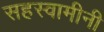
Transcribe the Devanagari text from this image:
सहस्वामीनी